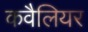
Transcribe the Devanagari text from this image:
कवैलियर